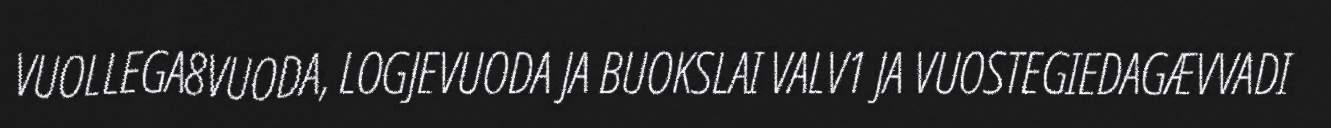
VUOLLEGA8VUODA, LOGJEVUODA JA BUOKSLAI VALV1 JA VUOSTEGIEDAGÆVVADI